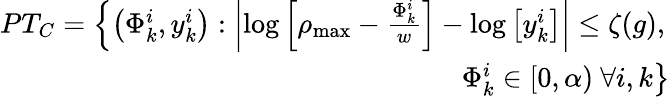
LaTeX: \begin{array}{r}{PT_{C}=\left\{ \left(\Phi_{k}^{i},y_{k}^{i}\right):\left|\log\left[\rho_{\operatorname*{max}}-\frac{\Phi_{k}^{i}}{w}\right]-\log\left[y_{k}^{i}\right]\right|\leq\zeta(g),\right.}\\ {\left.\Phi_{k}^{i}\in[0,\alpha)\ \forall i,k\right\} }\end{array}